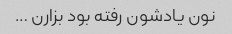
نون یادشون رفته بود بزارن …